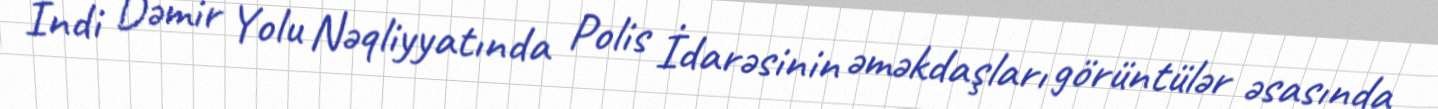
İndi Dəmir Yolu Nəqliyyatında Polis İdarəsinin əməkdaşları görüntülər əsasında